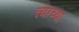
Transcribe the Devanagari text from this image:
त्‍याच्या